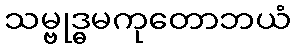
သမ္ဗုဒ္ဓမကုတောဘယံ